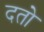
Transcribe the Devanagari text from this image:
दतो